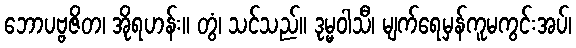
ဘောပဗ္ဗဇိတ၊ အိုရဟန်း။ တွံ၊ သင်သည်။ ဒုမ္မဝါသီ၊ မျက်ရေမှန်ကူမကွင်းအပ်၊